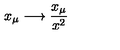
x _ { \mu } \longrightarrow \frac { x _ { \mu } } { x ^ { 2 } }